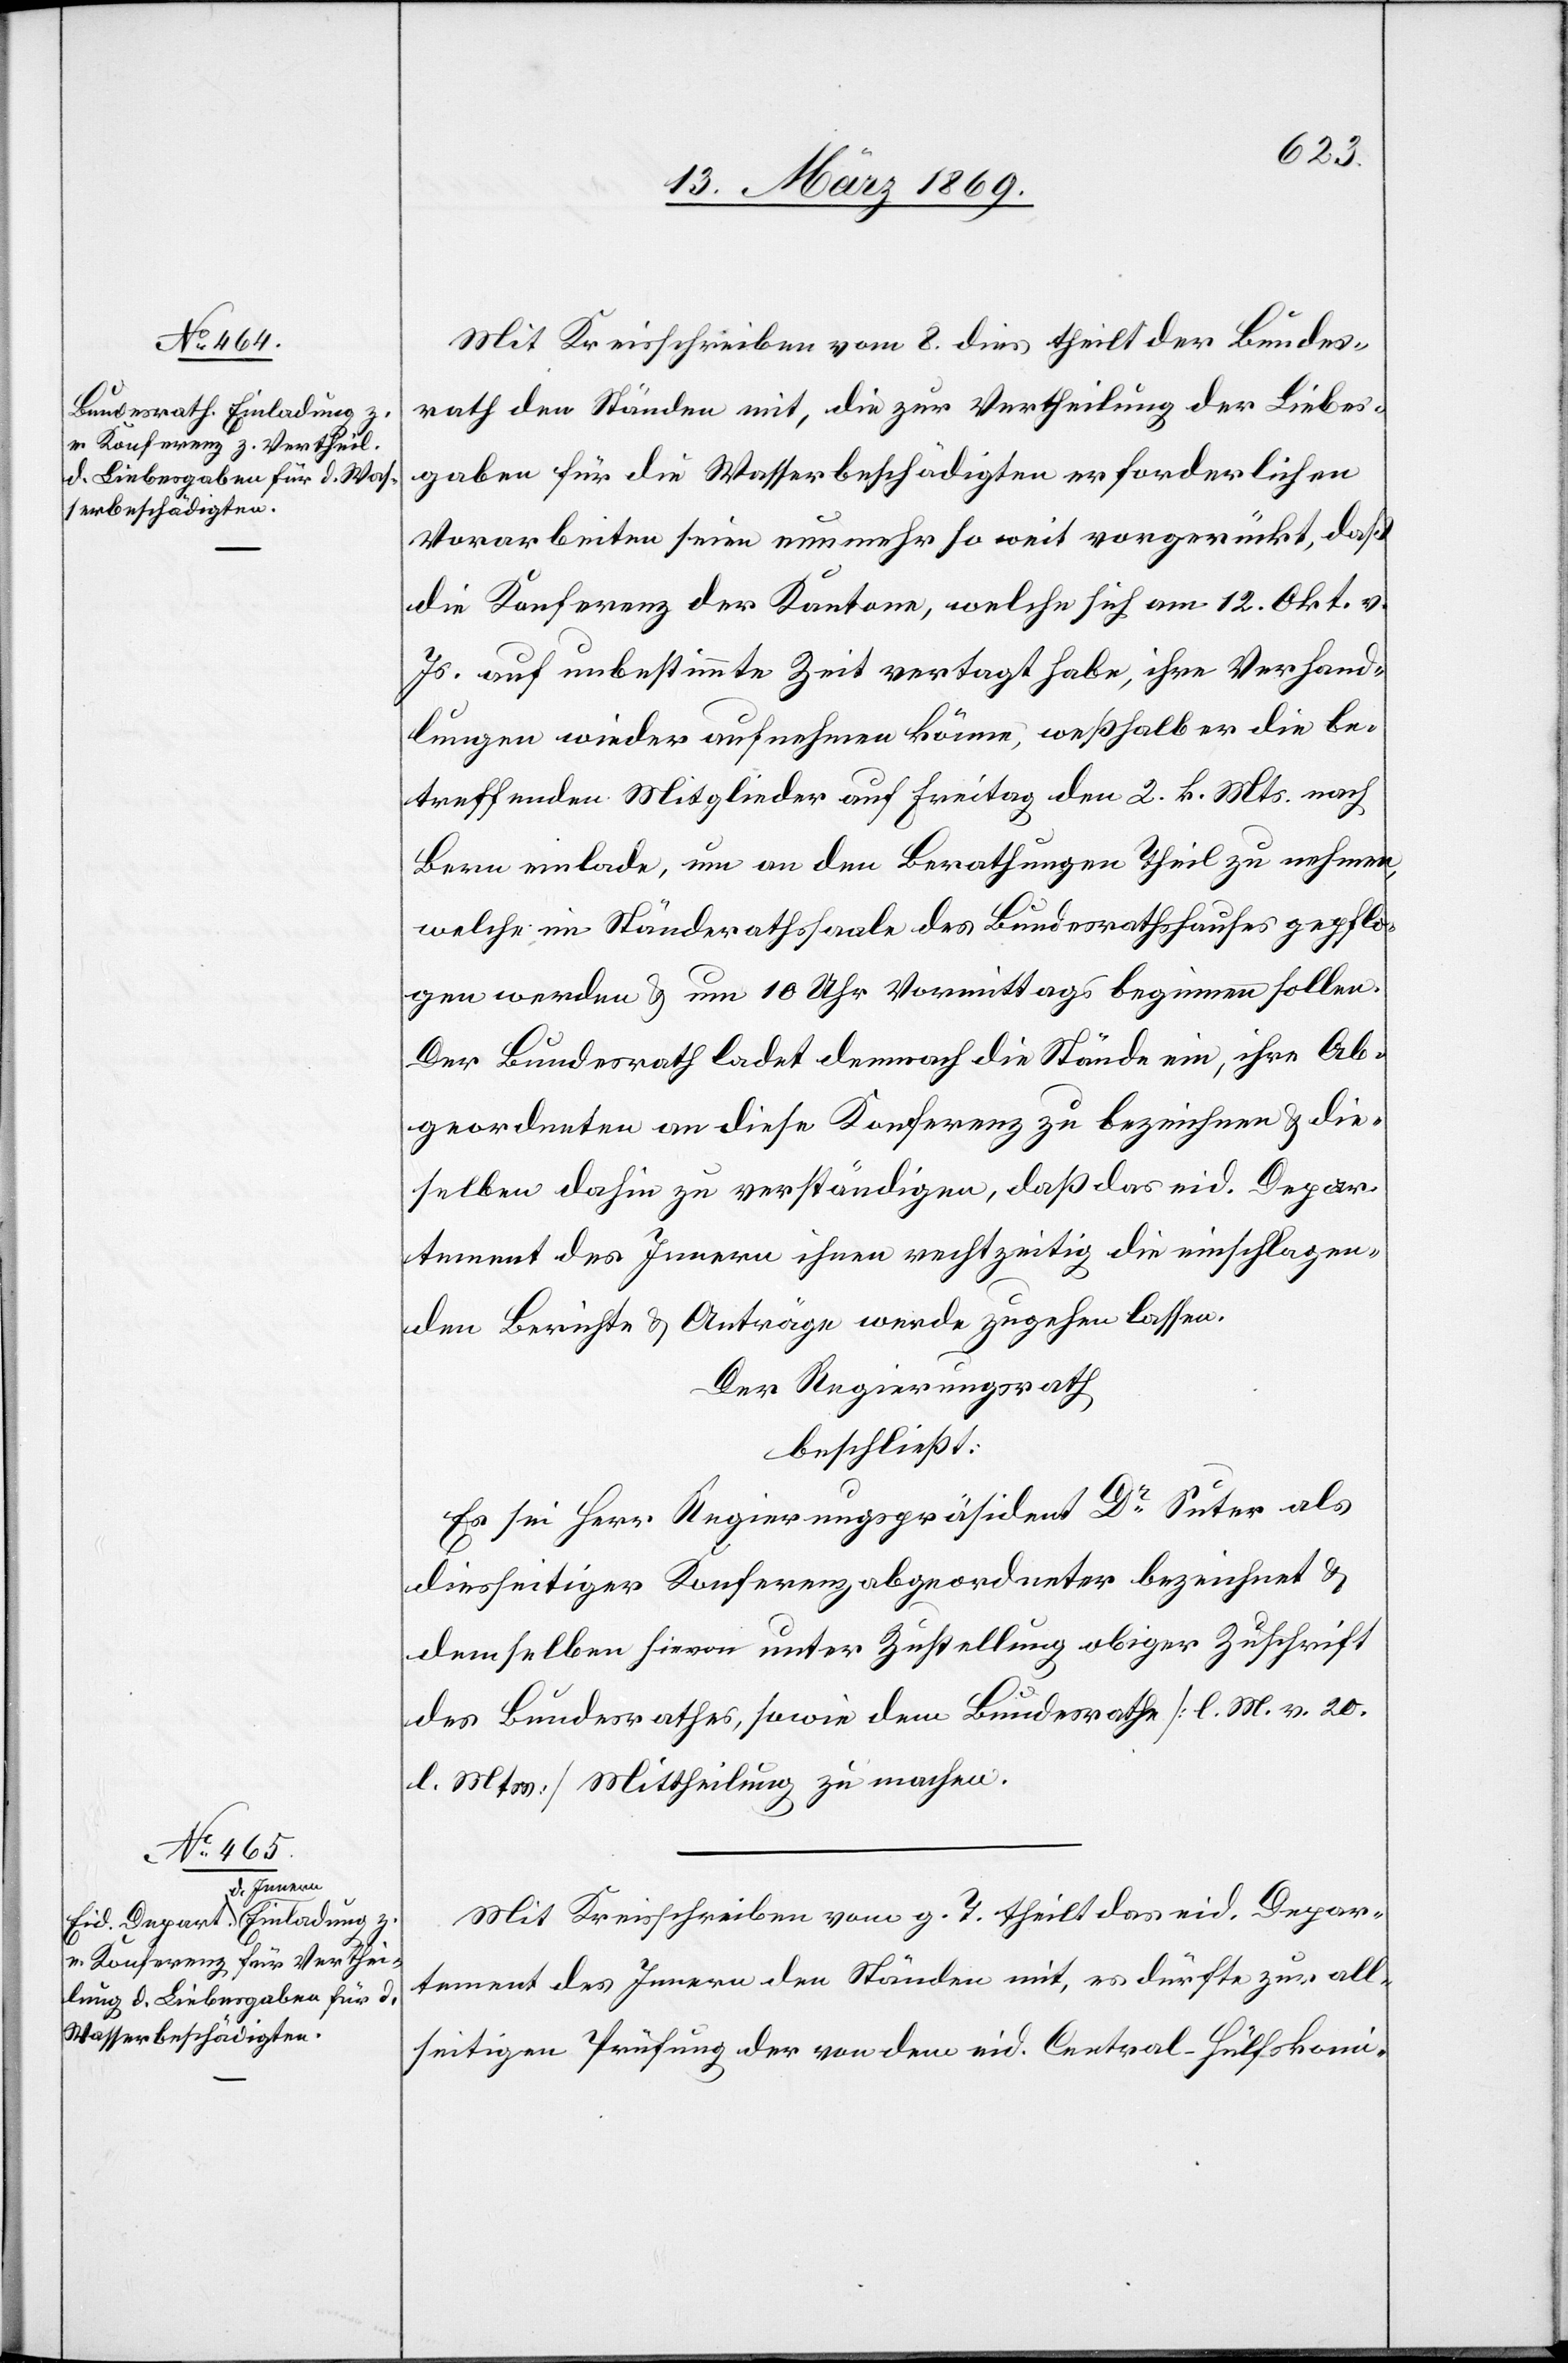
Mit Kreisschreiben vom 8. dies theilt der Bundes¬
rath den Ständen mit, die zur Vertheilung der Liebes¬
gaben für die Wasserbeschädigten erforderlichen
Vorarbeiten seien nunmehr so weit vorgerückt, daß
die Konferenz der Kantone, welche sich am 12. Okt. v.
Js. auf unbestimmte Zeit vertagt habe, ihre Verhand¬
lungen wieder aufnehmen könne, weßhalb er die be¬
treffenden Mitglieder auf Freitag den 2. k. Mts. nach
Bern einlade, um an den Berathungen Theil zu nehmen,
welche im Ständerathssaale des Bundesrathshauses gepflo¬
gen werden & um 10 Uhr Vormittags beginnen sollen.
Der Bundesrath ladet dennoch die Stände ein, ihre Ab¬
geordneten an diese Konferenz zu bezeichnen & die¬
selben dahin zu verständigen, daß das eid. Depar¬
tement des Innern ihnen rechtzeitig die einschlagen¬
den Berichte & Anträge werde zugehen lassen.
Der Regierungsrath
beschließt:
Es sei Herr Regierungspräsident Dr Suter als
diesseitiger Konferenzabgeordneter bezeichnet &
demselben hievon unter Zustellung obiger Zuschrift
des Bundesrathes, sowie dem Bundesrathe [l. M. v. 20.
l. Mts.] Mittheilung zu machen.
Mit Kreisschreiben vom g. T. theilt das eid. Depar¬
tement des Innern den Ständen mit, es dürfte zur all¬
seitigen Prüfung der von dem eid. Central-Hülfskomi-